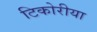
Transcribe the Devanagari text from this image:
टिकोरीया